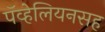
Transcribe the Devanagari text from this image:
पॅव्हेलियनसह